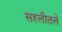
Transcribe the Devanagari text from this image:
सहलीतले